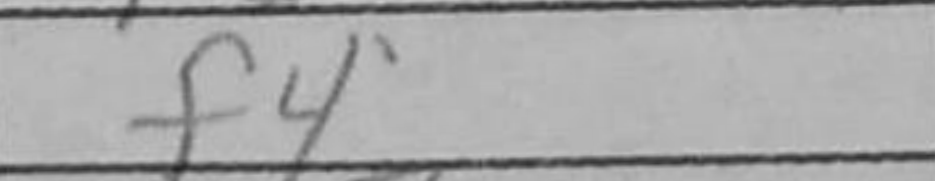
Transcription: f4